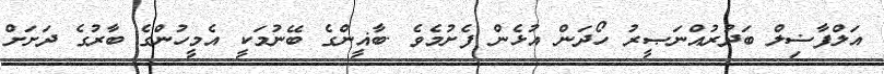
އަލްފާޟިލް ބަދުރުއްނަޞީރު ހޯދަން އުޅެން ފެށުމެވެ .ބާޣީންގެ ބޭނުމަކީ އެމީހުންގެ ބާރުގެ ދަށަށް